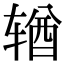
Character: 𬨎